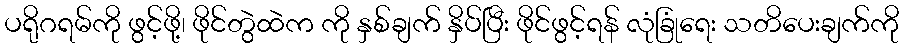
ပရိုဂရမ်ကို ဖွင့်ဖို့၊ ဖိုင်တွဲထဲက ကို နှစ်ချက် နှိပ်ပြီး ဖိုင်ဖွင့်ရန် လုံခြုံရေး သတိပေးချက်ကို